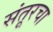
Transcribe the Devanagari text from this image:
संतूरचा